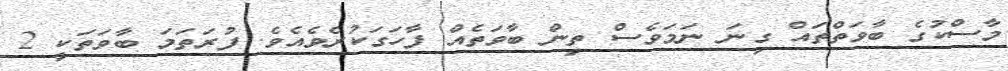
މާސްކުގެ ބާވަތްތައް ގިނަ ނަމަވެސް ތިން ބާވަތެއް ފާހަގަކުރެވެއެވެ. ފުރަތަމަ ބާވަތަކީ 2